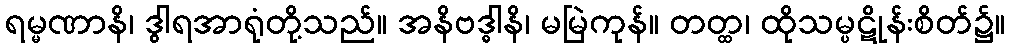
ရမ္မဏာနိ၊ ဒွါရအာရုံတို့သည်။ အနိဗဒ္ဓါနိ၊ မမြဲကုန်။ တတ္ထ၊ ထိုသမ္ပဋိုန်းစိတ်၌။